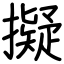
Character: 擬